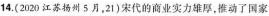
14.(2020江苏扬州5月，21)宋代的商业实力雄厚，推动了国家